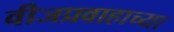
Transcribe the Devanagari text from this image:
वीजप्रवाहाच्या